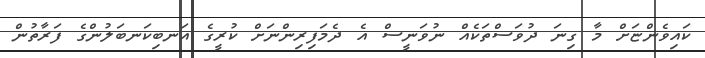
ކައިވެންޏަށް މާ ގިނަ ދުވަސްތަކެއް ނުވަނީސް އެ ދެމަފިރިންނަށް ކުރީގެ އަނބިކަނބަލުންގެ ފަރާތުން